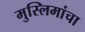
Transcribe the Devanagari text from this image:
मुस्लिमांचा